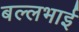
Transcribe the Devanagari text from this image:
बल्लभाई